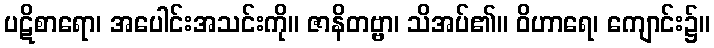
ပဋိစာရော၊ အပေါင်းအသင်းကို။ ဇာနိတဗ္ဗာ၊ သိအပ်၏။ ဝိဟာရေ၊ ကျောင်း၌။